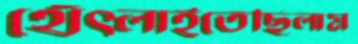
থেঁৎলাইতেছিলাম